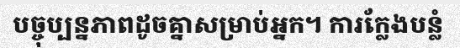
បច្ចុប្បន្នភាពដូចគ្នាសម្រាប់អ្នក។ ការក្លែងបន្លំ